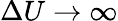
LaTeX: \Delta U\to\infty